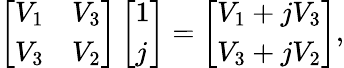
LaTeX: \left[\begin{array}{ll}{V_{1}}&{V_{3}}\\ {V_{3}}&{V_{2}}\end{array}\right]\left[\begin{array}{l}{1}\\ {j}\end{array}\right]=\left[\begin{array}{l}{V_{1}+jV_{3}}\\ {V_{3}+jV_{2}}\end{array}\right],